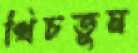
খিচতুম